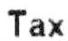
TAX